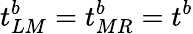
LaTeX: t_{LM}^{b}=t_{MR}^{b}=t^{b}